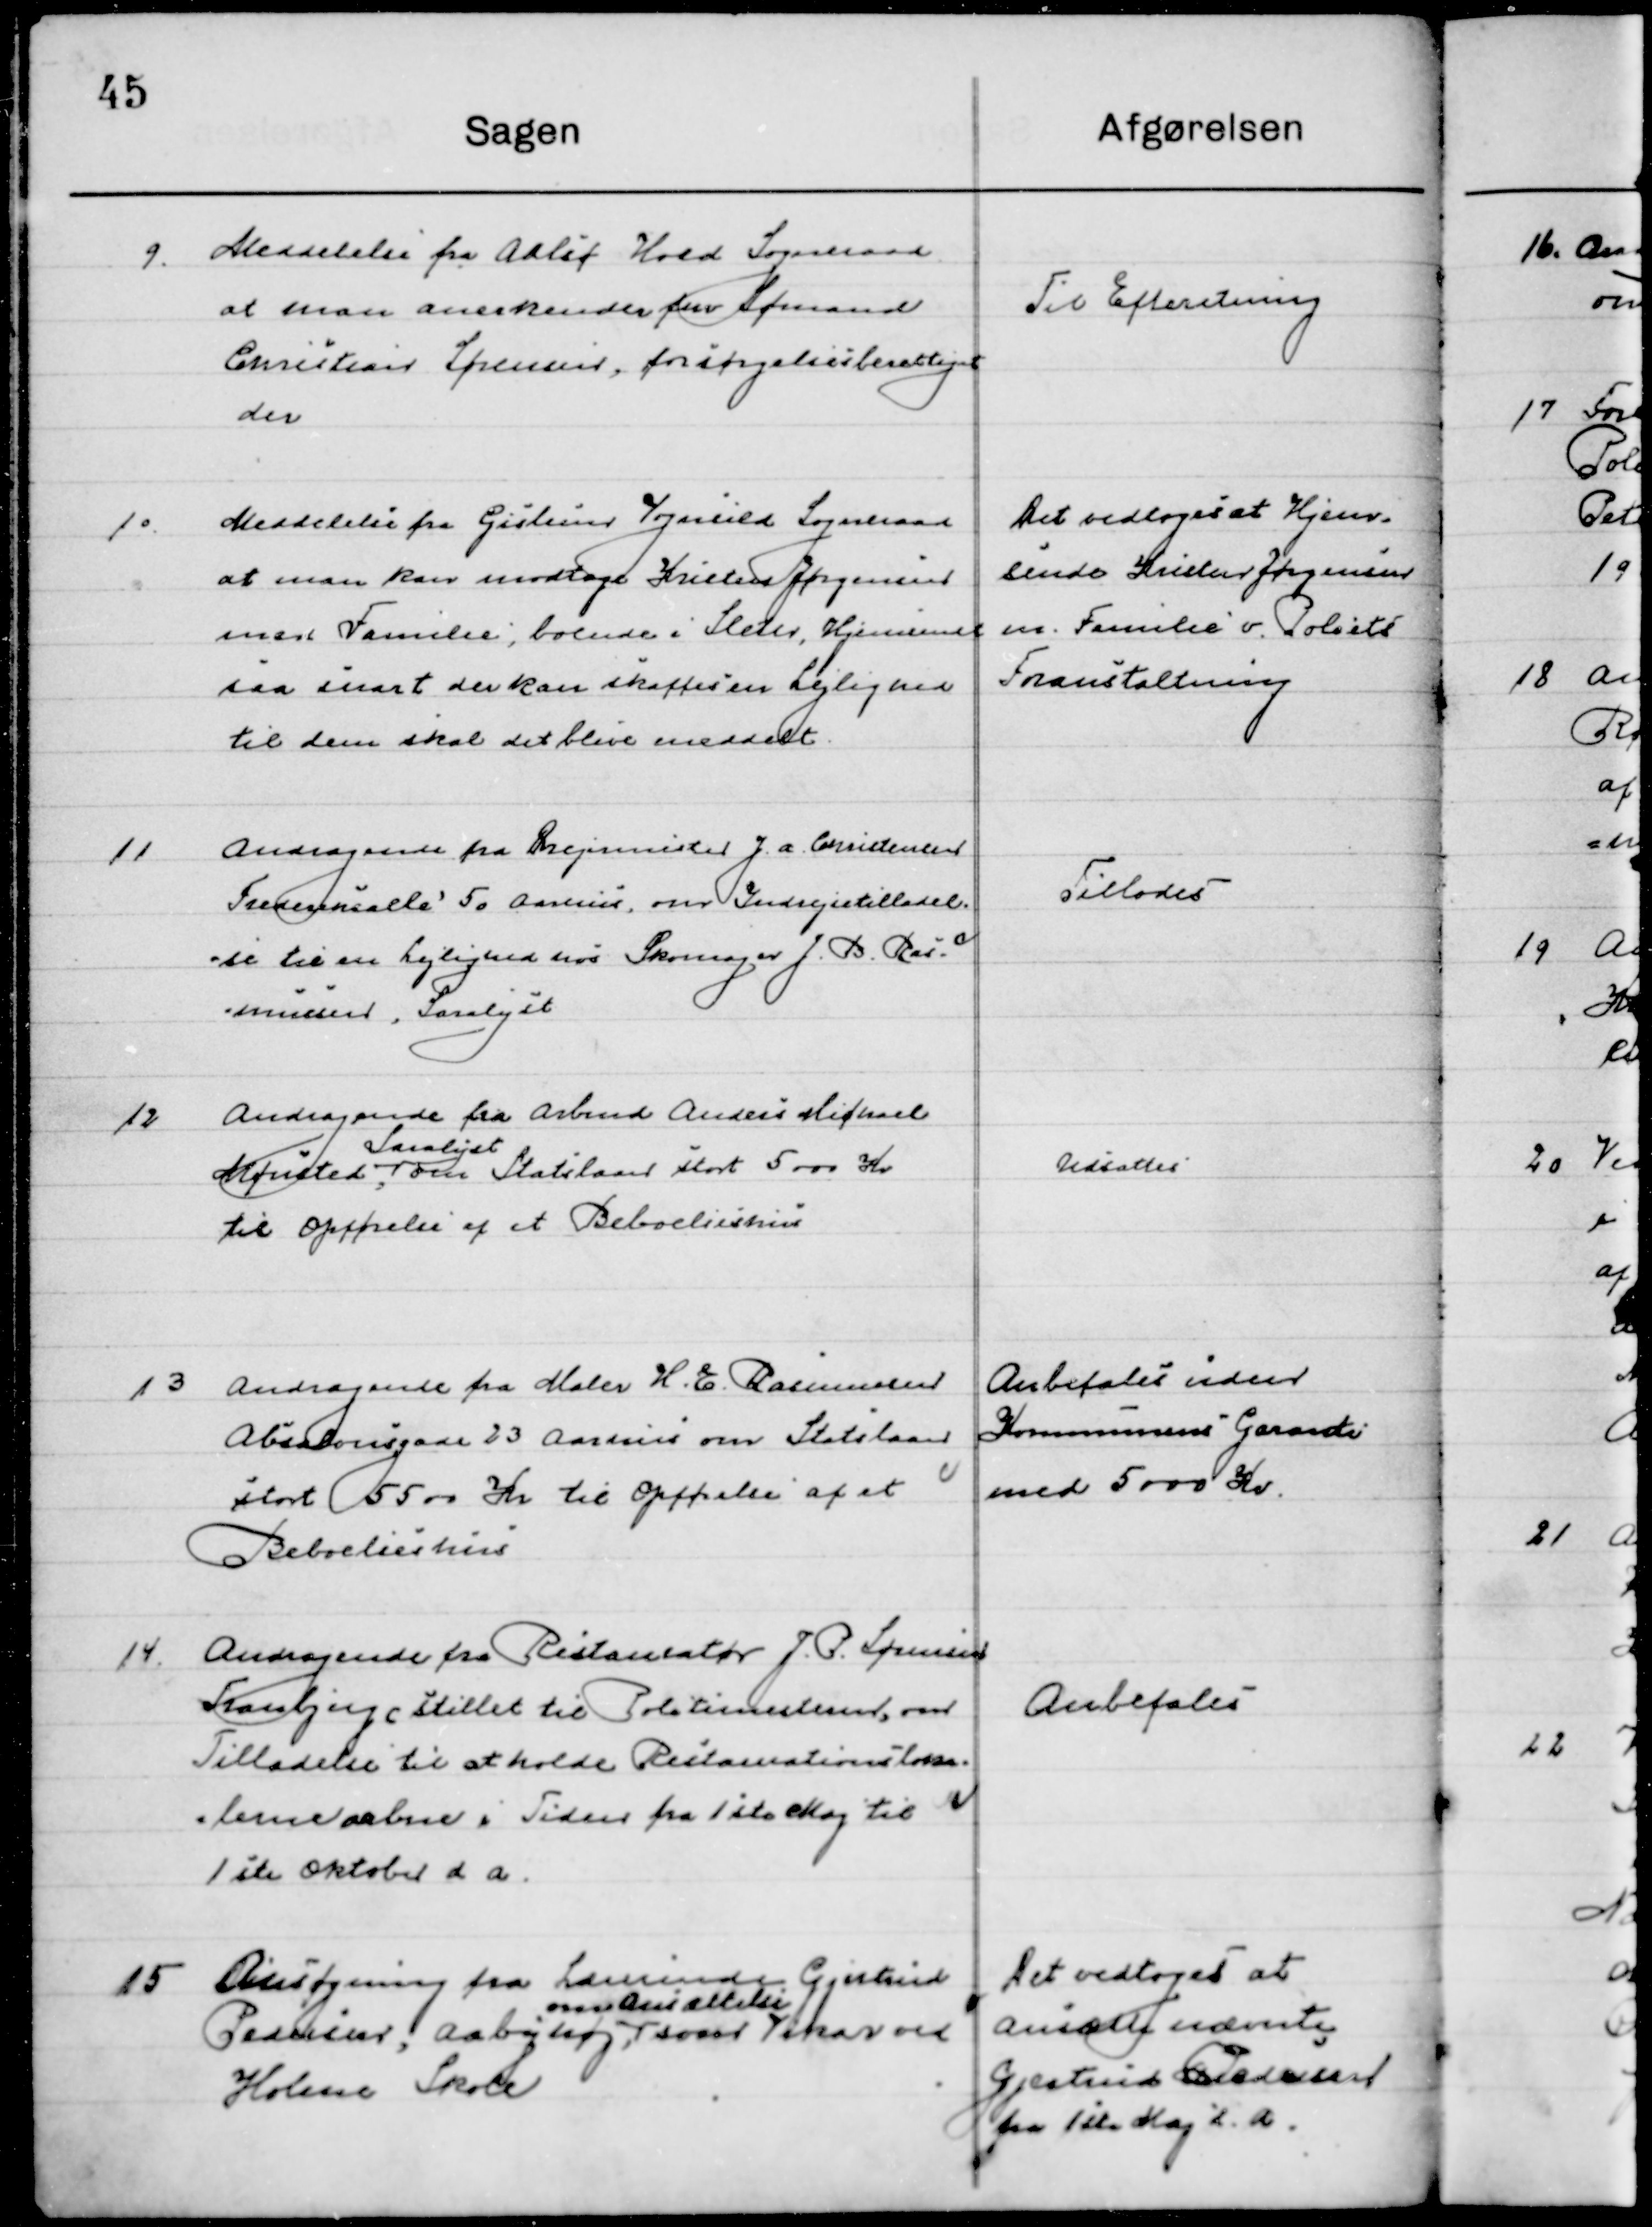
Transskription:
9

Meddeles fra Aalsø Hald Sogneraad
at man anerkender fhv. Sømand
Christian Sørensen, forsørgelsesberettiget
der.

Til Efterretning

10

Meddeles fra Gislum Vognsild Sogneraad
at man kan modtage Kresten Jørgensen
med Familie, boende i Sleter, Hjemsendelse
saa snart der kan skaffes en Lejlighed 
til dem skal det blive meddelt.

Det vedtoges at Hjem-
Sende Kresten Jørgensen
m. Familie v. Politiets 
Foranstaltning.

11

Andragende fra drejemester J. A. Christensen
Fredensallé  50  Aarhus, om Indrejsetilladel-
se til en Lejlighed hos Skomager J. B. Ras-
mussen, Saralyst.

Tillodes

12

Andragende fra Arbmd Andres Michael
Mønsted, 
Saralyst 
om Statslaan stort 5000 Kr.
til opførelse af et Beboelseshus.

Udsættes

13

Andragende fra Maler H. E. Rasmussen
Absalonsgade 23 Aarhus om Statslaan 
stort 5500 Kr. til opførelse af et
Beboelseshus.

Anbefales uden
Kommunens Garanti
Med 5000 Kr.

14

Andragende fra Restauratør J. P. Sørensen
Tranbjerg stilet til Politimester om
Tilladelse til at holde Restaurations loka-
lerne aabne i Tiden fra 1ste Maj til 
1ste Oktober d. a.

Anbefales

15

Ansøgning fra lærerinde Gjertrud
Pedersen, Aabyhøj 
om ansættelse 
som Vikar ved
Holme Skole

Det vedtoges at 
Ansætte nævnte 
Gjertrud Pedersen,
Fra 1ste Maj d. a.